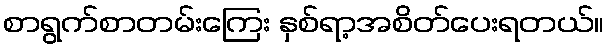
စာရွက်စာတမ်းကြေး နှစ်ရာ့အစိတ်ပေးရတယ်။